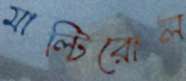
মাল্টিরোল